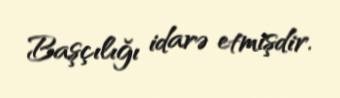
Başçılığı idarə etmişdir.